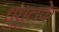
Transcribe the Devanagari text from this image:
धुंधुलके